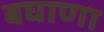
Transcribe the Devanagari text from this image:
बघाणा